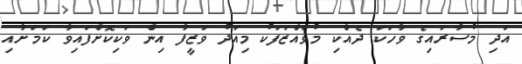
އަދި މުސާރައިގެ ވާހަކަ ދެއްކި މުވައްޒަފަކު މިއަދު ވަޒީފާ އިން ވަކިކޮށްފައިވާ ކަމަށާއި